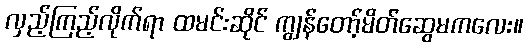
လှည့်ကြည့်လိုက်ရာ ထမင်းဆိုင် ကျွန်တော့်မိတ်ဆွေမကလေး။